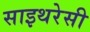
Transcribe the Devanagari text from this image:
साइथरेसी